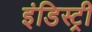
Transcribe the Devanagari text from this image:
इंडिस्ट्री